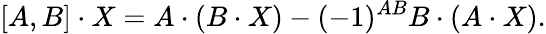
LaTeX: [A,B]\cdot X=A\cdot(B\cdot X)-(-1)^{AB}B\cdot(A\cdot X).